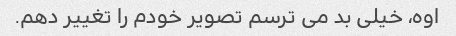
اوه، خیلی بد می ترسم تصویر خودم را تغییر دهم.